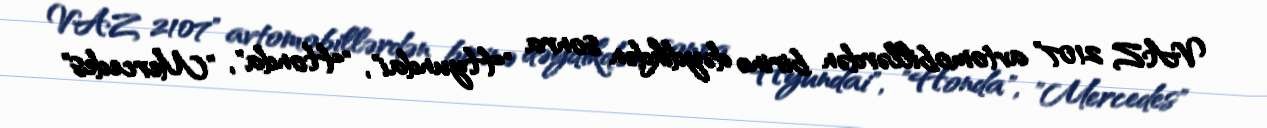
VAZ 2107" avtomobillərdən birinə dəydikdən sonra "Hyundai", "Honda", "Mercedes"